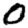
Digit: 0